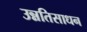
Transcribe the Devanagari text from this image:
उन्नतिसाधन